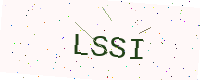
Text: LSSI